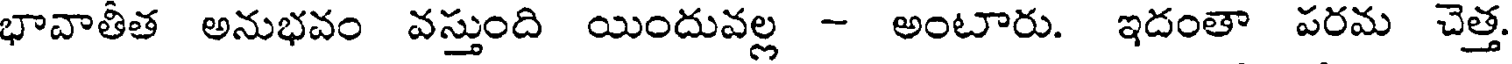
భావాతీత అనుభవం వస్తుంది యిందువల్ల - అంటారు. ఇదంతా పరమ చెత్త